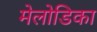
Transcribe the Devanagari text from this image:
मेलोडिका